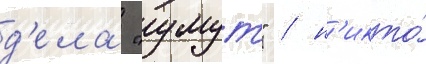
д'ела "умут" / н'икто́